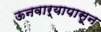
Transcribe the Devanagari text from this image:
ऊनवार्‍यापासून